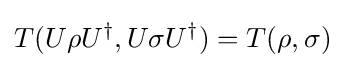
T(U\rho U^{\dagger },U\sigma U^{\dagger })=T(\rho ,\sigma )